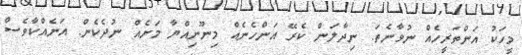
މީހަކު އަންތަރީހެއް ނުވާނެތަ. ނިދާލަން ކެރޭ އަންހެނެއް މިނޫނިއްޔާ މަށެއް ނުދެކެން. އަނެއްކާވެސް